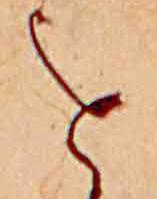
を